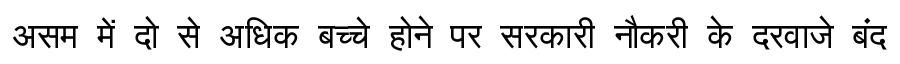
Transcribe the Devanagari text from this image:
असम में दो से अधिक बच्चे होने पर सरकारी नौकरी के दरवाजे बंद